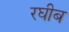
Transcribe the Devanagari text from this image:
रघीब